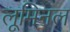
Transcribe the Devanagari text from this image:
लूमिनल